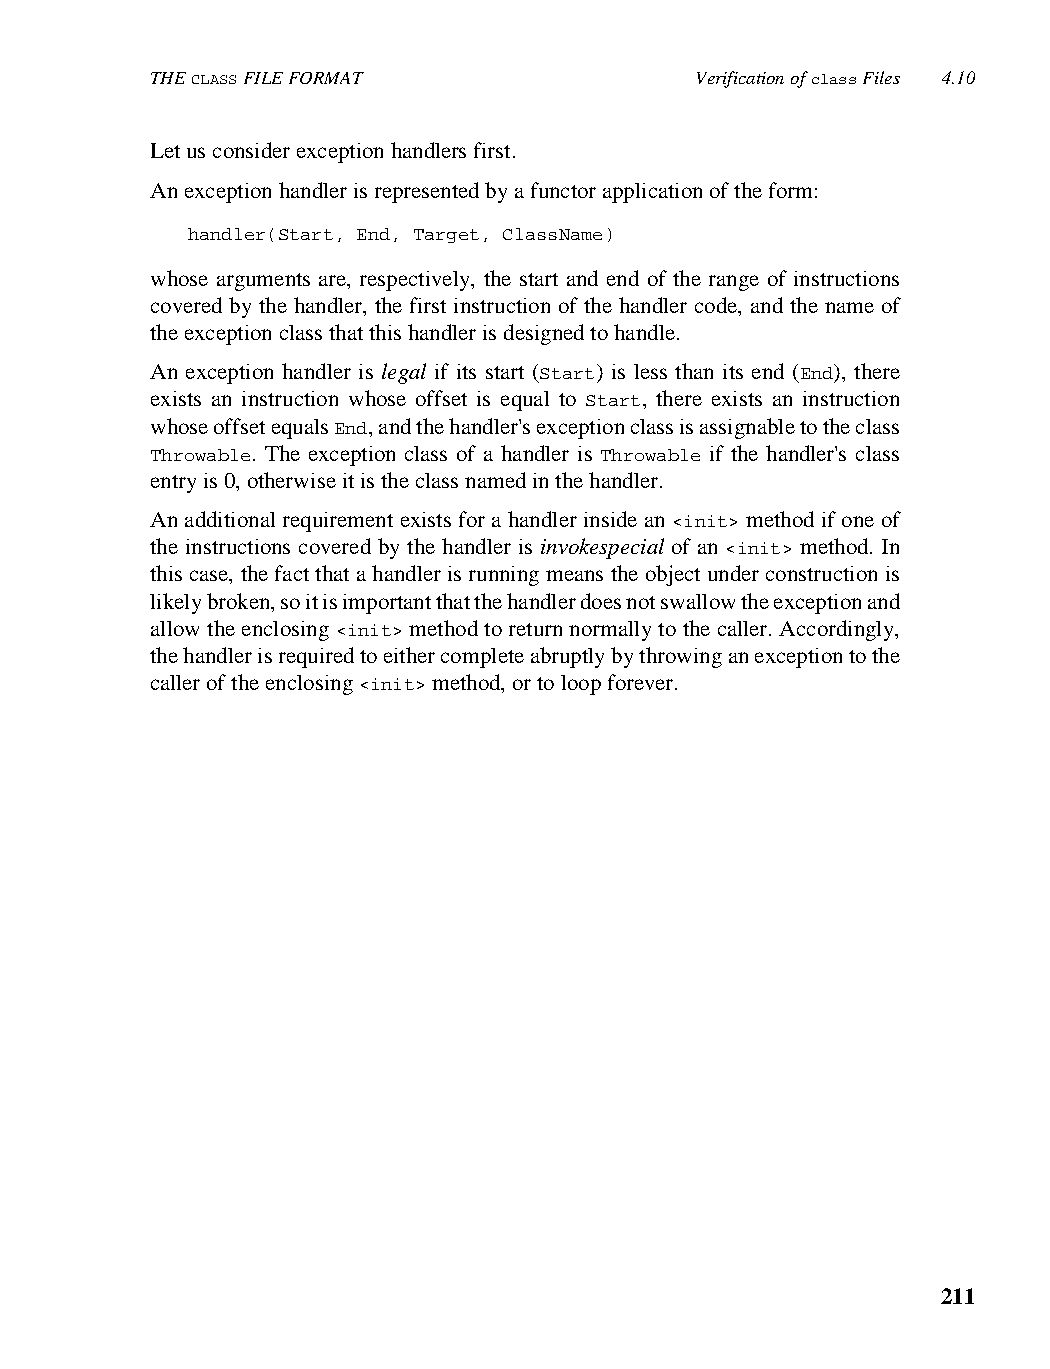
THE CLASS FILE FORMAT               Verification of class Files 4.10
 Let us consider exception handlers first.
 An exception handler is represented by a functor application of the form:
 handler(Start, End, Target, ClassName)
 whose arguments are, respectively, the start and end of the range of instructions
 covered by the handler, the first instruction of the handler code, and the name of
 the exception class that this handler is designed to handle.
 An exception handler is legal if its start (Start) is less than its end (End), there
 exists an instruction whose offset is equal to Start, there exists an instruction
 whose offset equals End, and the handler's exception class is assignable to the class
 Throwable. The exception class of a handler is Throwable if the handler's class
 entry is 0, otherwise it is the class named in the handler.
 An additional requirement exists for a handler inside an <init> method if one of
 the instructions covered by the handler is invokespecial of an <init> method. In
 this case, the fact that a handler is running means the object under construction is
 likely broken, so it is important that the handler does not swallow the exception and
 allow the enclosing <init> method to return normally to the caller. Accordingly,
 the handler is required to either complete abruptly by throwing an exception to the
 caller of the enclosing <init> method, or to loop forever.
 211